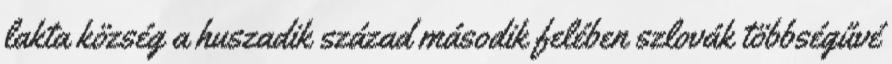
lakta község a huszadik század második felében szlovák többségűvé